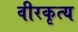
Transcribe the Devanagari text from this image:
वीरकृत्य